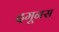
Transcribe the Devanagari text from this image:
दमूनस